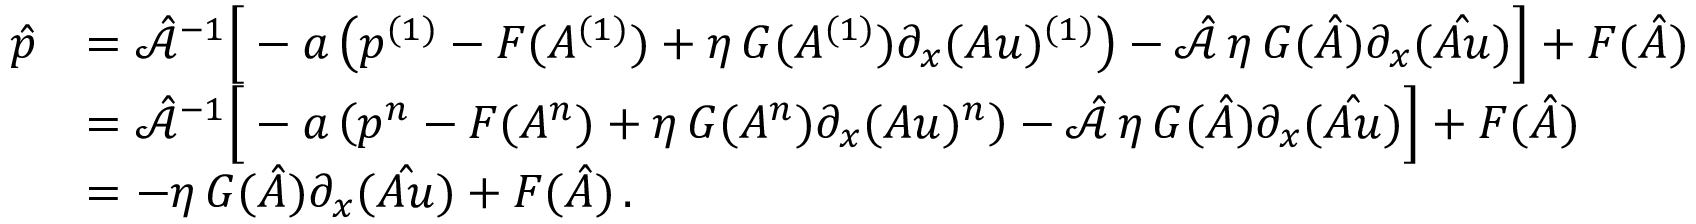
\begin{array} { r l } { \boldsymbol { \hat { p } } } & { = \hat { \mathcal { A } } ^ { - 1 } \Big [ - \boldsymbol { a } \left( p ^ { ( 1 ) } - F ( A ^ { ( 1 ) } ) + \eta \, G ( A ^ { ( 1 ) } ) \partial _ { x } ( A u ) ^ { ( 1 ) } \right) - \hat { \mathcal { A } } \, \eta \, \boldsymbol { G } ( \boldsymbol { \hat { A } } ) \partial _ { x } ( \boldsymbol { \hat { A u } } ) \Big ] + \boldsymbol { F } ( \boldsymbol { \hat { A } } ) \, } \\ & { = \hat { \mathcal { A } } ^ { - 1 } \Big [ - \boldsymbol { a } \left( p ^ { n } - F ( A ^ { n } ) + \eta \, G ( A ^ { n } ) \partial _ { x } ( A u ) ^ { n } \right) - \hat { \mathcal { A } } \, \eta \, \boldsymbol { G } ( \boldsymbol { \hat { A } } ) \partial _ { x } ( \boldsymbol { \hat { A u } } ) \Big ] + \boldsymbol { F } ( \boldsymbol { \hat { A } } ) \, } \\ & { = - \eta \, \boldsymbol { G } ( \boldsymbol { \hat { A } } ) \partial _ { x } ( \boldsymbol { \hat { A u } } ) + \boldsymbol { F } ( \boldsymbol { \hat { A } } ) \, . } \end{array}